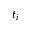
t _ { i }